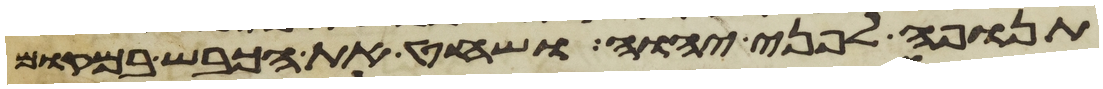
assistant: תנופה לפני יהוה ושחט את הכבש במקום